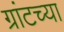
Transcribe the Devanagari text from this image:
ग्रांटच्या